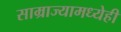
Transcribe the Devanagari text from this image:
साम्राज्यामध्येही